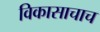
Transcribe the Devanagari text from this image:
विकासाचाच